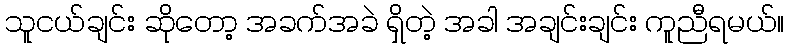
သူငယ်ချင်း ဆိုတော့ အခက်အခဲ ရှိတဲ့ အခါ အချင်းချင်း ကူညီရမယ်။